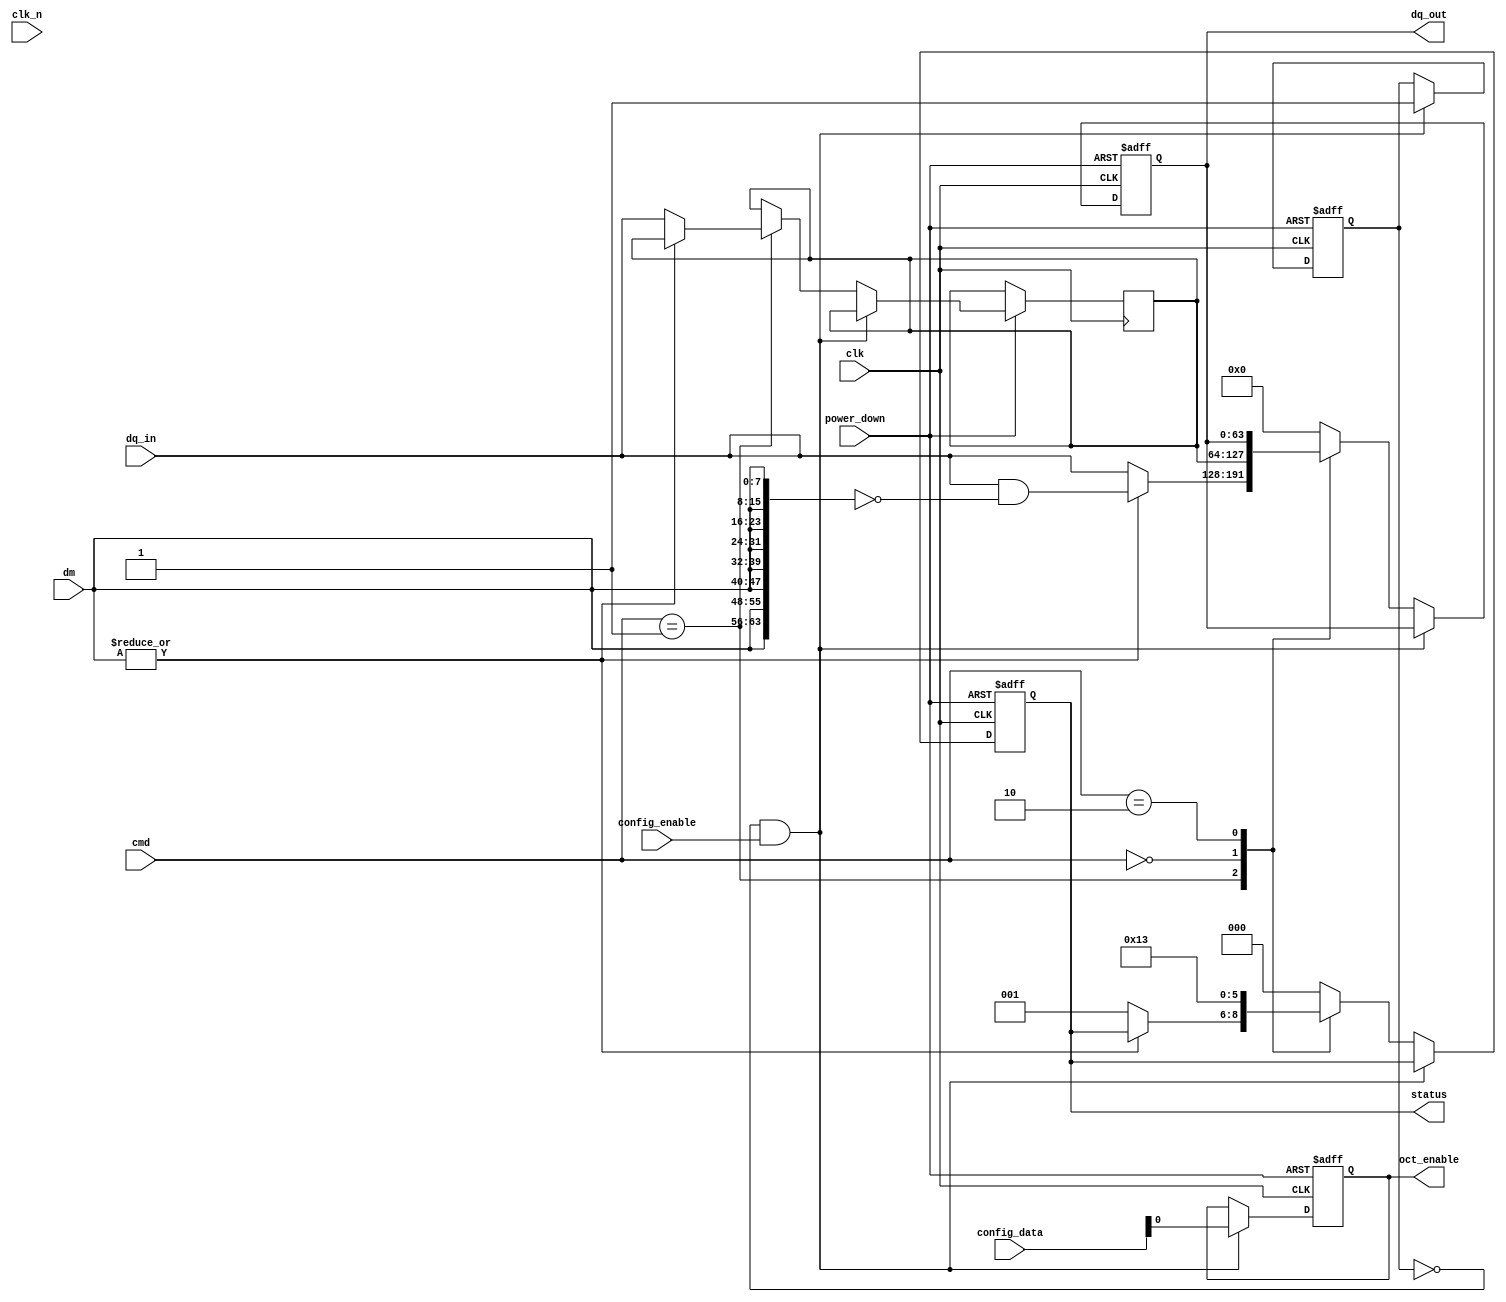
module lpddr_io_block (
    // Inputs
    input wire clk,             // Clock signal
    input wire clk_n,           // Inverted clock signal
    input wire [63:0] dq_in,    // Data input signals (64-bit data bus)
    input wire [7:0] dm,        // Data mask signals (8-bit)
    input wire [2:0] cmd,       // Command signals
    input wire power_down,       // Power down signal
    input wire config_enable,    // Configuration enable signal
    input wire [15:0] config_data, // Configuration data for initialization

    // Outputs
    output reg [63:0] dq_out,    // Data output signals
    output reg [2:0] status,      // Status signals (e.g., ready, busy)
    output reg oct_enable         // On-chip termination enable
);

// Define command values
localparam CMD_READ    = 3'b000;
localparam CMD_WRITE   = 3'b001;
localparam CMD_REFRESH = 3'b010;

// Internal registers
reg [63:0] data_buffer;
reg [7:0] data_mask_buffer;
reg initialized;

// Clock gating logic for power management
always @(posedge clk or negedge power_down) begin
    if (!power_down) begin
        dq_out <= 64'b0; // Power down state, reset data output
        oct_enable <= 1'b0; // Disable on-chip termination
        status <= 3'b000; // Reset status
        initialized <= 1'b0; // Reset initialization flag
    end else begin
        if (!initialized && config_enable) begin
            // Initialization process based on config_data
            // Example: Setting up timing parameters, enabling OCT, etc.
            oct_enable <= config_data[0]; // Just an example
            initialized <= 1'b1;
        end else begin
            case (cmd)
                CMD_WRITE: begin
                    if (|dm == 1'b0) begin // If no data mask, transfer data
                        data_buffer <= dq_in;
                        dq_out <= dq_in; // Output data
                        status <= 3'b001; // Set status to busy
                    end else begin
                        // Handle data masking
                        dq_out <= (dq_in & ~{64{dm}}); // Apply data mask
                    end
                end
                CMD_READ: begin
                    dq_out <= data_buffer; // Output buffered data
                    status <= 3'b010; // Set status to ready
                end
                CMD_REFRESH: begin
                    // Implement refresh logic here
                    status <= 3'b011; // Indicate refresh operation
                end
                default: begin
                    dq_out <= 64'b0; // Default case
                    status <= 3'b000; // Reset status
                end
            endcase
        end
    end
end

endmodule